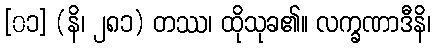
[၀၁] (နိ၊ ၂၈၁) တဿ၊ ထိုသုခ၏။ လက္ခဏာဒီနိ၊